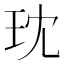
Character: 𪻔